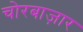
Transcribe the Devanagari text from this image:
चोरबाज़ार